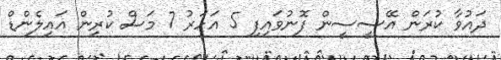
ދައުވާ ކުރަން އޭސީސީން ފޮނުވައިފި 5 އަހަރު 7 މަސް ކުރިން އައިލެންޑް